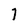
Character: 7